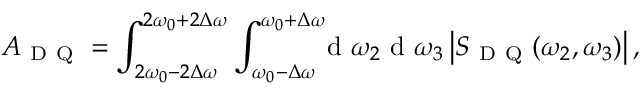
A _ { \mathrm { ~ D ~ Q ~ } } = \int _ { 2 \omega _ { 0 } - 2 \Delta \omega } ^ { 2 \omega _ { 0 } + 2 \Delta \omega } \int _ { \omega _ { 0 } - \Delta \omega } ^ { \omega _ { 0 } + \Delta \omega } \! \! \! \ensuremath { \mathrm { ~ d ~ } } \omega _ { 2 } \ensuremath { \mathrm { ~ d ~ } } \omega _ { 3 } \left| S _ { \mathrm { ~ D ~ Q ~ } } ( \omega _ { 2 } , \omega _ { 3 } ) \right| ,